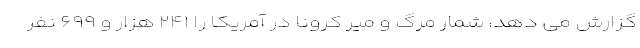
گزارش می دهد، شمار مرگ و میر کرونا در آمریکا را ۲۴۱ هزار و ۶۹۹ نفر